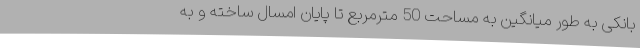
بانکی به طور میانگین به مساحت 50 مترمربع تا پایان امسال ساخته و به